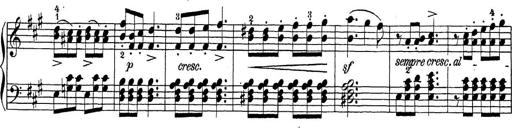
Title: Sonatina Album
Composer: Louis KÃ¶hler